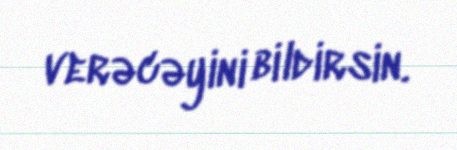
verəcəyini bildirsin.